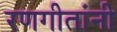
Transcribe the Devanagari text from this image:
रणगीतांनी